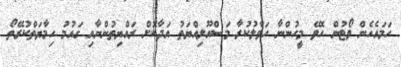
ހަމައެހެން ވޯޓުން ހޮވޭ މީހުންނާ ހަވާލުކުރާ މަސްއޫލިއްޔަތު އަދާކޮށް ރައްޔިތުންނާއި ގައުމު ހިމާޔަތްކުރޭތޯ